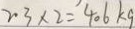
2 0 3 \times 2 = 4 0 6 k g